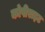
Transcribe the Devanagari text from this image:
कोपीराइट